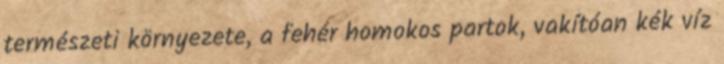
természeti környezete, a fehér homokos partok, vakítóan kék víz